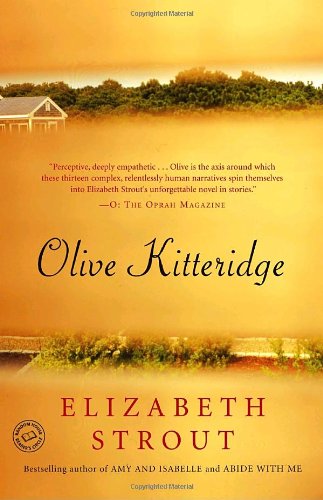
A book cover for Olive Kitteridge; Elizabeth Strout; Literature & Fiction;